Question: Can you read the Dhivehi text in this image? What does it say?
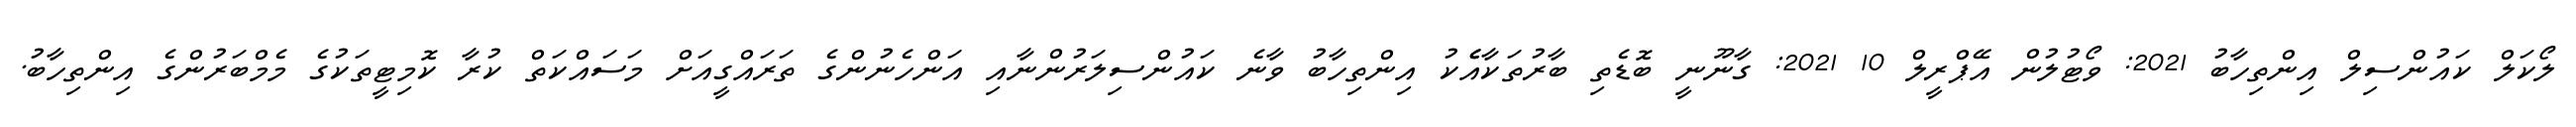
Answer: ލޯކަލް ކައުންސިލް އިންތިހާބު 2021: ވޯޓުލުން އޭޕްރީލް 10 2021: ގާނޫނީ ބޮޑެތި ބާރުތަކާއެެކު އިންތިހާބު ވާނެ ކައުންސިލަރުންނާއި އަންހެނުންގެ ތަރައްގީއަށް މަސައްކަތް ކުރާ ކޮމިޓީތަކުގެ މެމްބަރުންގެ އިންތިހާބު.